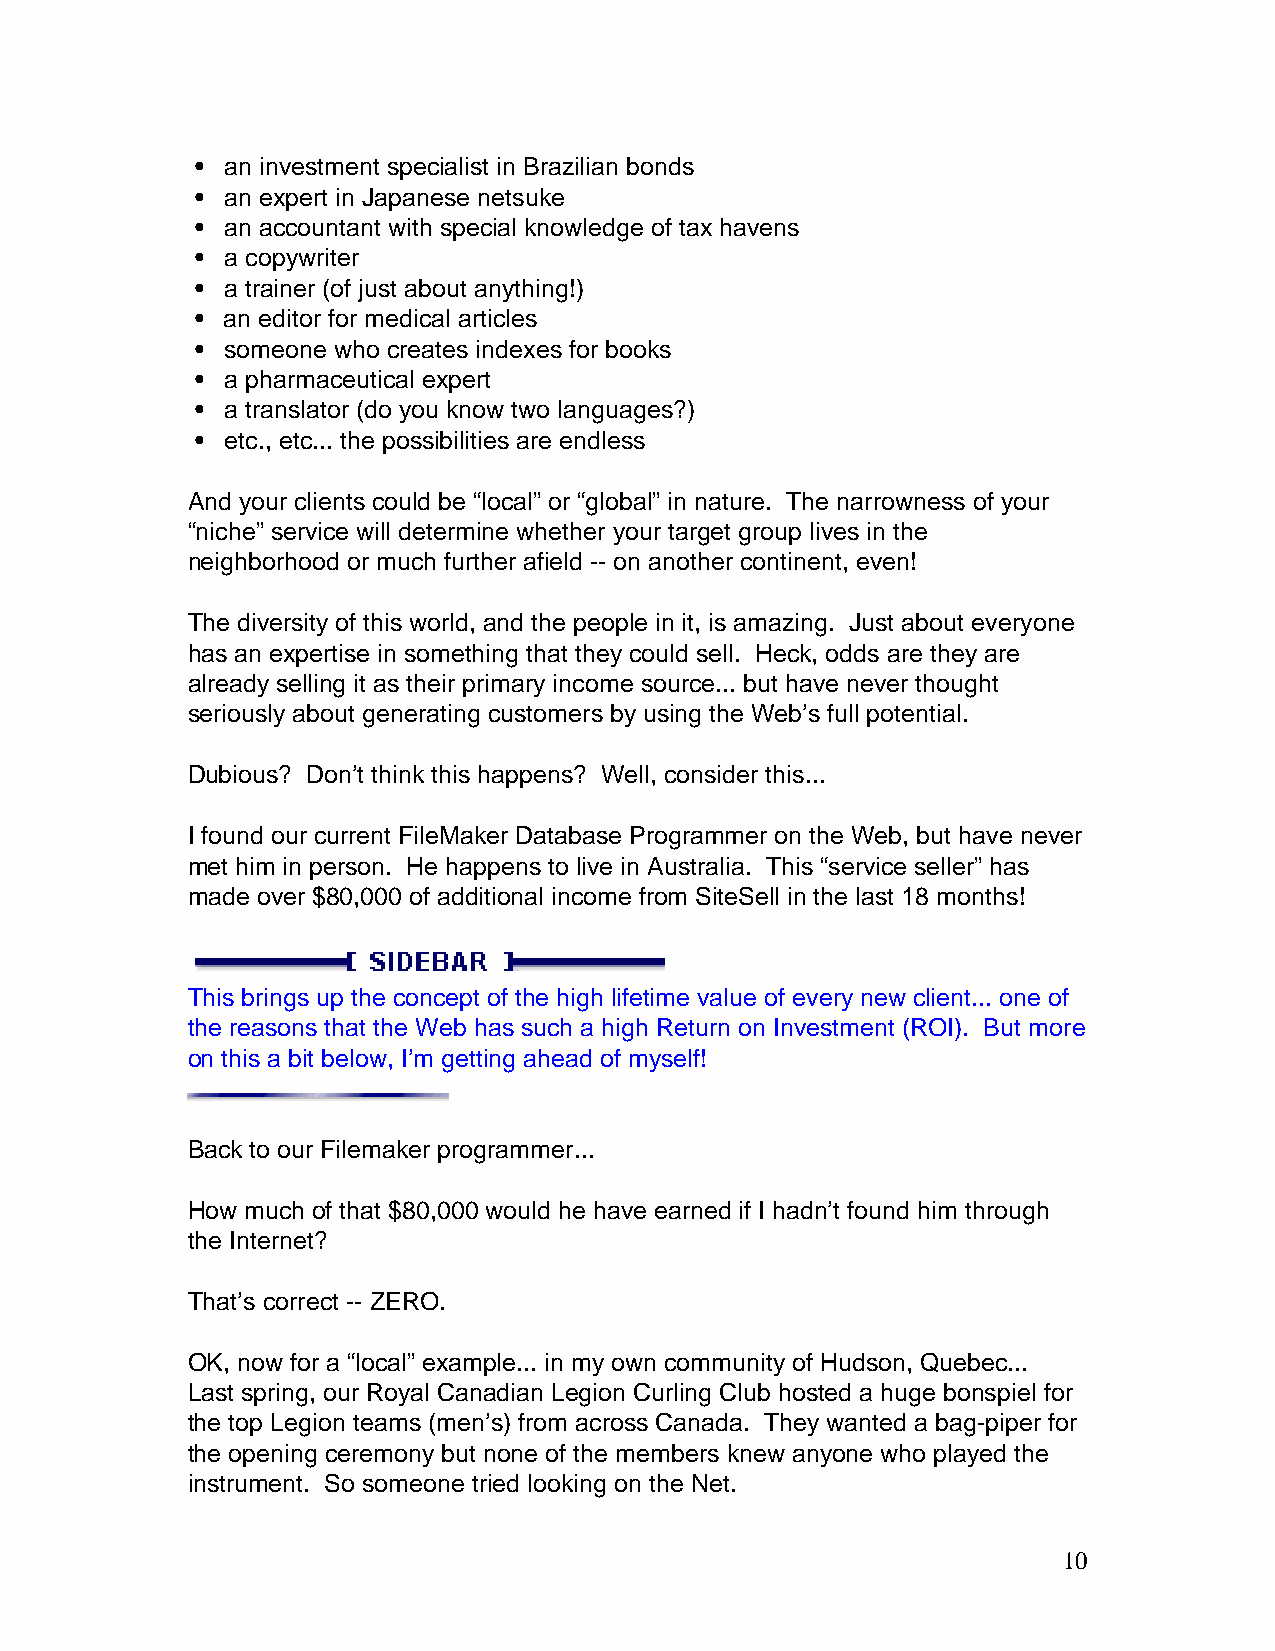
• an investment specialist in Brazilian bonds
 • an expert in Japanese netsuke
 • an accountant with special knowledge of tax havens
 • a copywriter
 • a trainer (of just about anything!)
 • an editor for medical articles
 • someone who creates indexes for books
 • a pharmaceutical expert
 • a translator (do you know two languages?)
 • etc., etc... the possibilities are endless
 And your clients could be “local” or “global” in nature. The narrowness of your
 “niche” service will determine whether your target group lives in the
 neighborhood or much further afield -- on another continent, even!
 The diversity of this world, and the people in it, is amazing. Just about everyone
 has an expertise in something that they could sell. Heck, odds are they are
 already selling it as their primary income source... but have never thought
 seriously about generating customers by using the Web’s full potential.
 Dubious? Don’t think this happens? Well, consider this...
 I found our current FileMaker Database Programmer on the Web, but have never
 met him in person. He happens to live in Australia. This “service seller” has
 made over $80,000 of additional income from SiteSell in the last 18 months!
 This brings up the concept of the high lifetime value of every new client... one of
 the reasons that the Web has such a high Return on Investment (ROI). But more
 on this a bit below, I’m getting ahead of myself!
 Back to our Filemaker programmer...
 How much of that $80,000 would he have earned if I hadn’t found him through
 the Internet?
 That’s correct -- ZERO.
 OK, now for a “local” example... in my own community of Hudson, Quebec...
 Last spring, our Royal Canadian Legion Curling Club hosted a huge bonspiel for
 the top Legion teams (men’s) from across Canada. They wanted a bag-piper for
 the opening ceremony but none of the members knew anyone who played the
 instrument. So someone tried looking on the Net.
 10